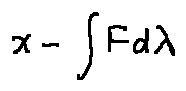
x - \int F d \lambda